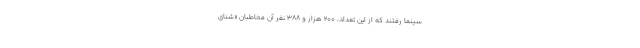
سینما رفتند که از این تعداد، ۲۰۰ هزار و ۳۸۸ نفر آن مخاطبان «شنای